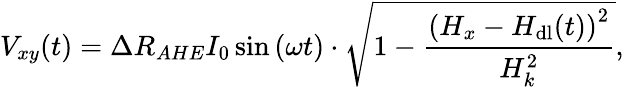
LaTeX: V_{xy}(t)=\Delta R_{AHE}I_{0}\sin{(\omega t)}\cdot\sqrt{1-\frac{\left(H_{x}-H_{\mathrm{dl}}(t)\right)^{2}}{H_{k}^{2}}},